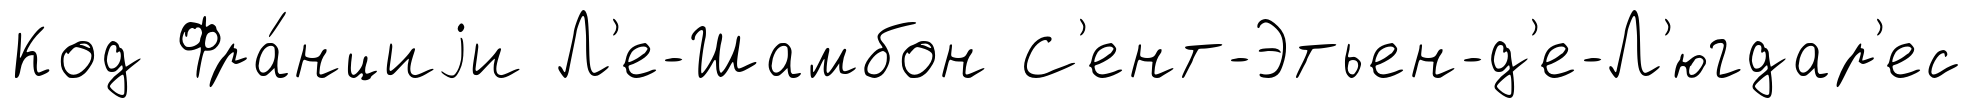
Код Фра́нциjи Л'е-Шамбон С'ент-Этьен-д'е-Л'югдар'ес